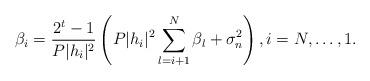
LaTeX: \begin{align*}&\beta_i = \frac{2^t-1}{P |h_i|^2 }\left(P|h_i|^2\sum_{l=i+1}^N\beta_l+\sigma_n^2\right), i=N,\ldots,1.\end{align*}